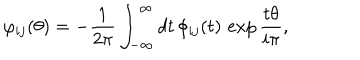
\varphi _ { i j } ( \theta ) = - \frac { 1 } { 2 \pi } \int _ { - \infty } ^ { \infty } d t \, \phi _ { i j } ( t ) \, \exp \frac { t \theta } { i \pi } ,